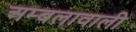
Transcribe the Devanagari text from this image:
अम्बलावाली